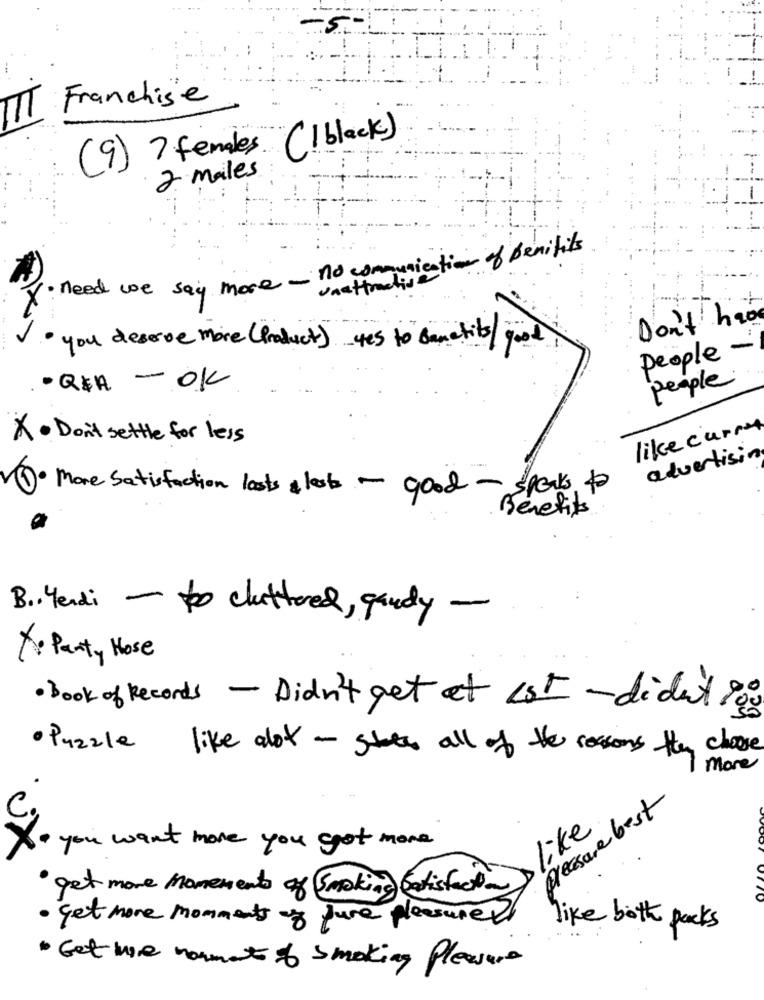
Franchise
(1 black )
(9) ? females
2 males
1. need we say more - no communication of Benifits
unattracties
Don't have
you deserve more ( Product ) yes to dancehits / god
people.
· REA - OK
people
like curry
X . Don't settle for less
advertising
1. More Satisfaction lasts a loss - good - speaks to
Benefits
B .. Yendi - to cluttered, gandy -
X. Panty Hose
· Book of Records - Didn't get et 1st -didn't 0
· Puzzle like alot - state all of the reasons they choose
more
presure best
like
you want more you got more
get more Movements of Smoking Satisfaction
· get more momments of pure pleasure,
like both packs
· Get me nouments of smoking Pleasure